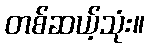
တစ်ဆယ့်သုံး။